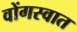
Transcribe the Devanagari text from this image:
वोंगस्वात